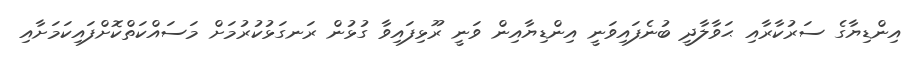
އިންޑިޔާގެ ސަރުކާރާއި ޙަވާލާދީ ބުނެފައިވަނީ އިންޑިޔާއިން ވަނީ ރޫޅިފައިވާ ގުޅުން ރަނގަޅުކުރުމަށް މަސައްކަތްކޮށްފައިކަމަށާއި